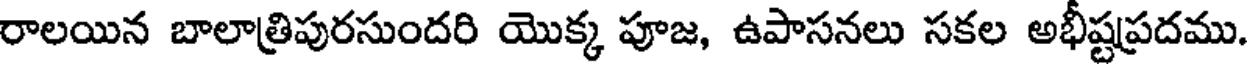
రాలయిన బాలాత్రిపురసుందరి యొక్క పూజ, ఉపాసనలు సకల అభీష్టప్రదము.